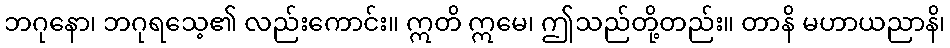
ဘဂုနော၊ ဘဂုရသေ့၏ လည်းကောင်း။ ဣတိ ဣမေ၊ ဤသည်တို့တည်း။ တာနိ မဟာယညာနိ၊